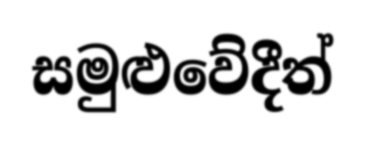
සමුළුවේදීත්